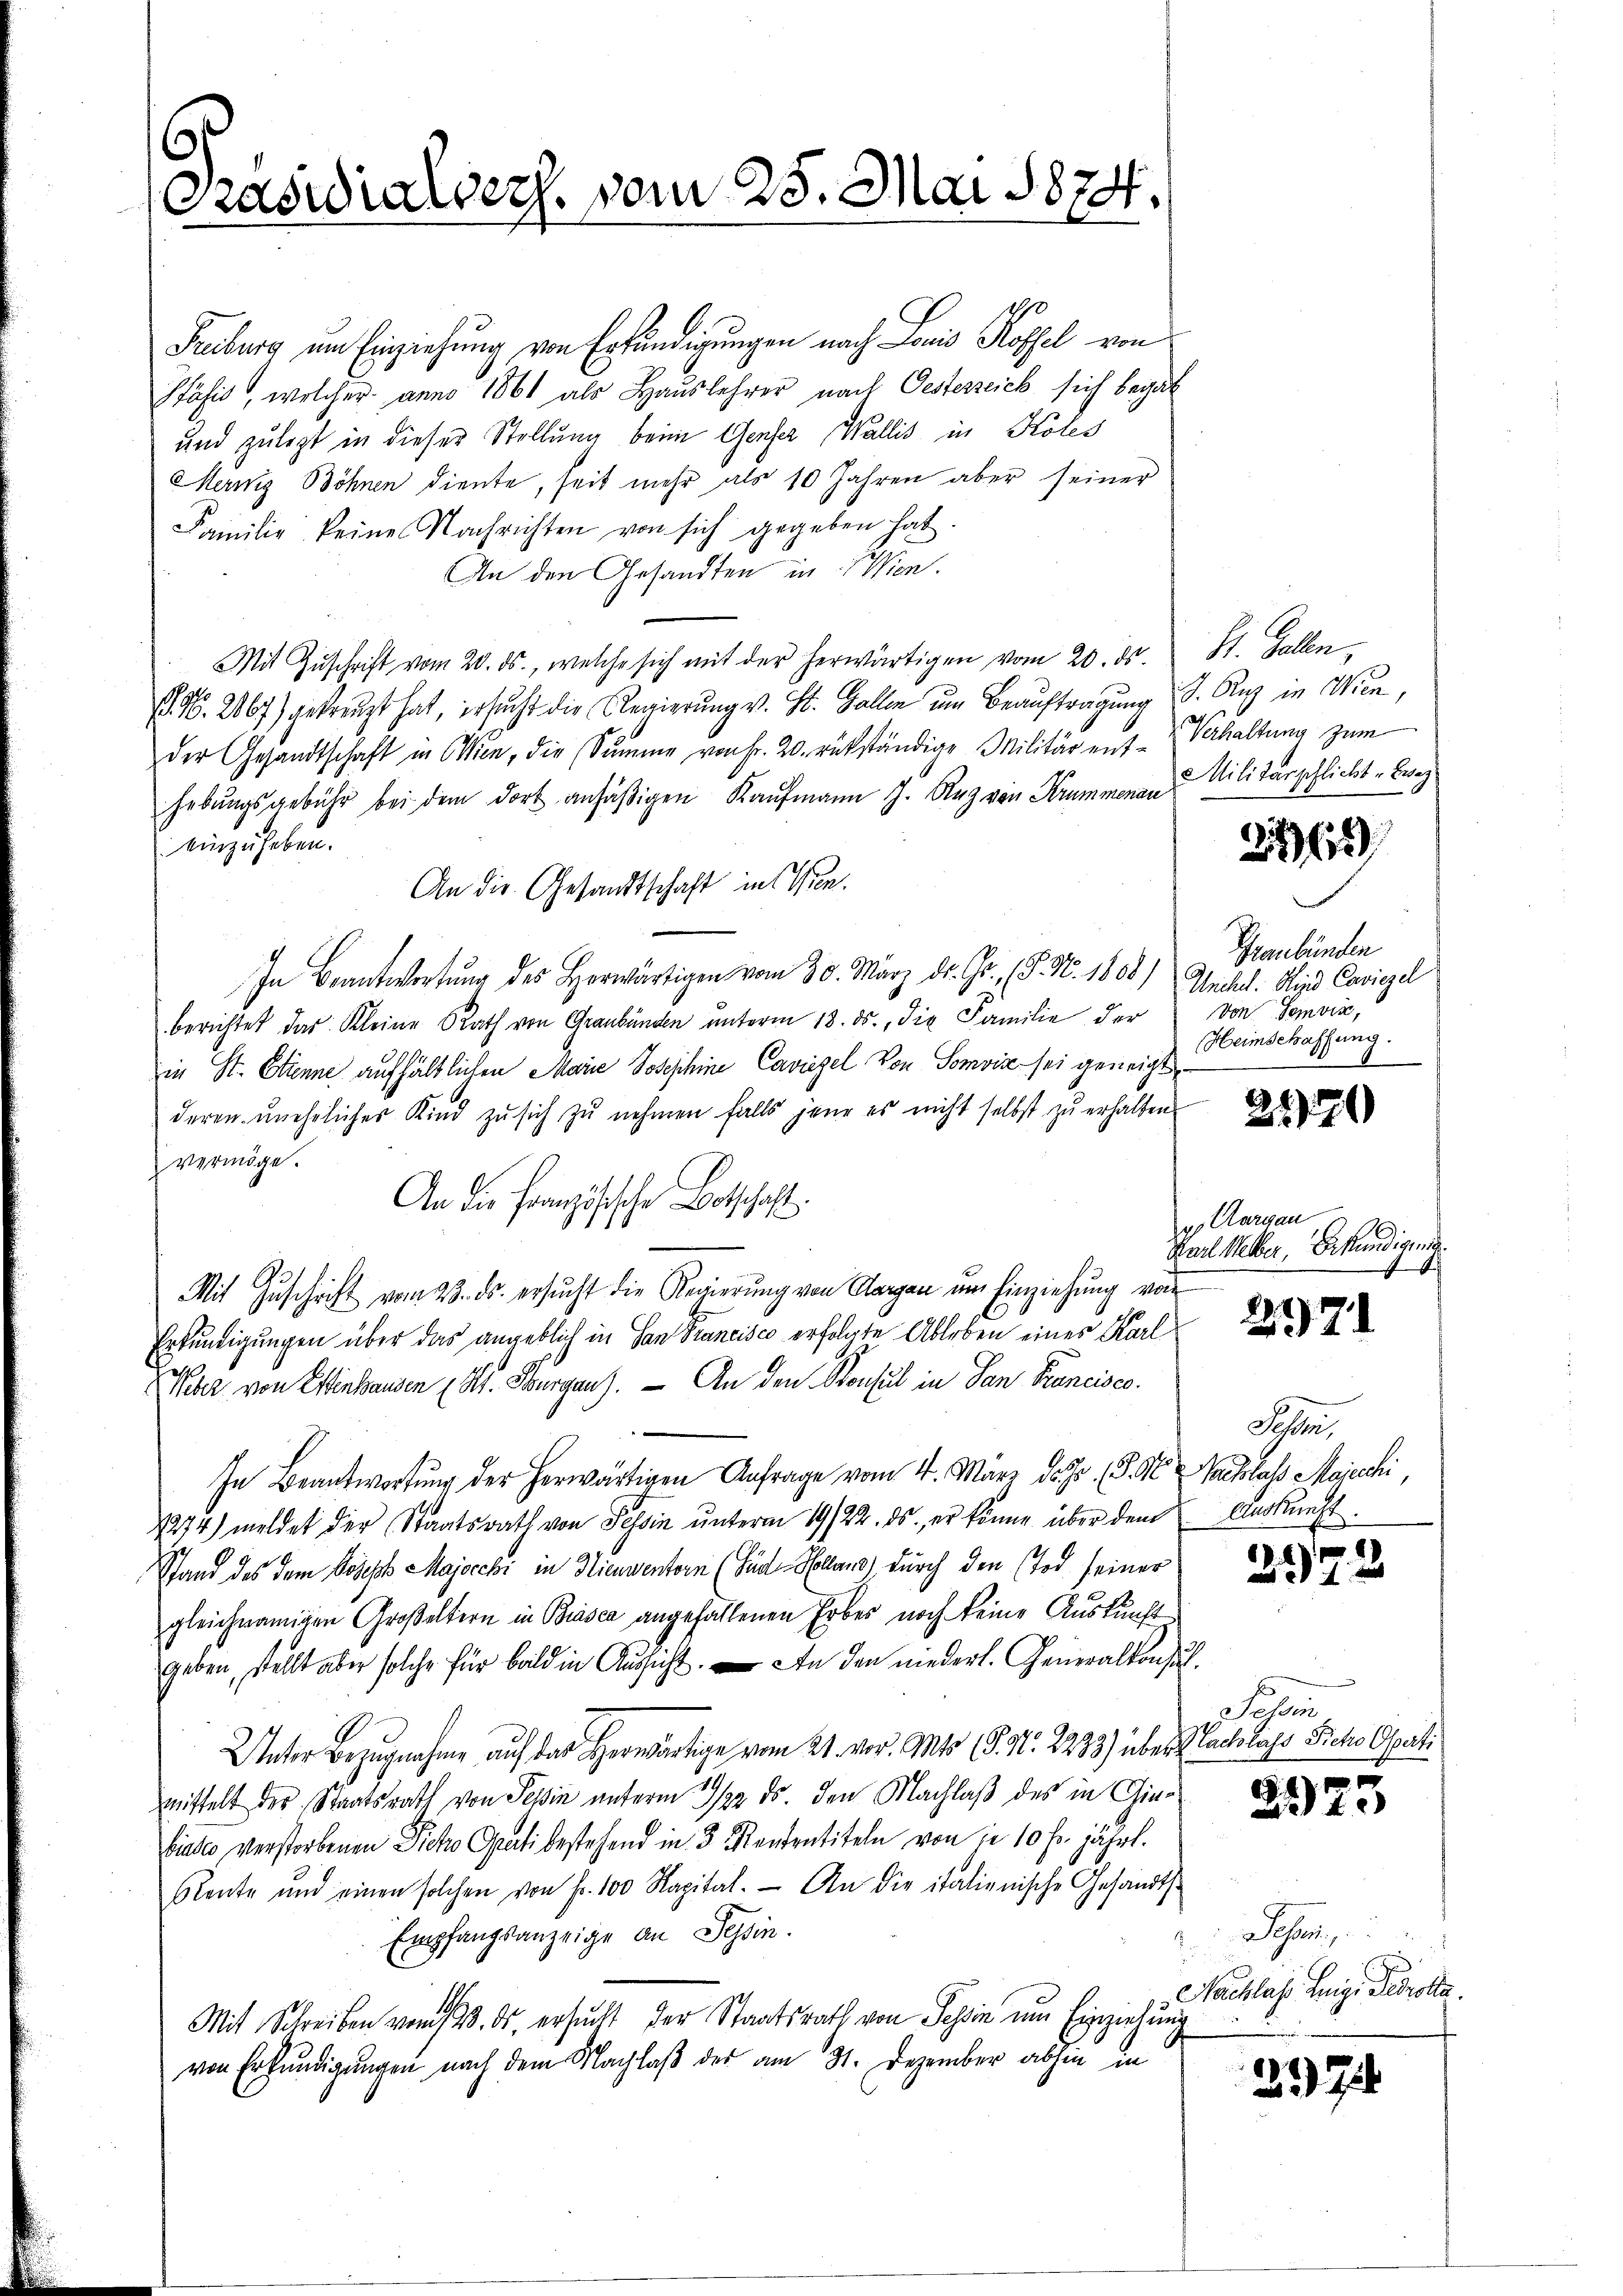
6
Pasidialverh. vom 25. Mai 1874.

Freiburg um Einziehung von Erkändigungen nach Louis Koffel von
Pfäsis, welcher anno 1861 als Hauslehrer nach Oesterzeich sich begab
und zulegt in dieser Stellung beim Genser Wallis in Koles
Merniz Böhnen diente, seit mehr als 10 Jahren aber seiner
Familie keine Nachrichten von sich gegeben hat.
An den Gesandten in Wien.
Mit Zŭschrift vom 20. ds., welche sich mit der herwärtigen vom 20. ds. St. Gallen
(. 96. 2067) gekreuzt hat, ersucht die Regierŭng v. St. Gallen ŭm Beaŭftragung d. Aug in Wien,
der Gesandtschaft in Wien, die Summe von Fr. 20. rükständige Militär ent-Verhaltŭng zŭm
hebŭngsgebühr bei dem dort ansäβigen Kaufmann J. Rez von Krummenaue Militärschlicht - weg
einzuheben.
An die Gesandtschaft in Wien.
In Beantwortŭng des Horwärtigen vom 30. März d. Js. (S. Nr. 1800) Macht. Sind Cariggel
berichtet das Kleine Rath von Graubünden unterm 13. ds., die Familie der
in St. Etienne aufhältlichen Marie Josephine Caviezel von Somvise sei geneigt
deren unehelicher Kind zu sich zu nehmen falls jene es nicht selbst zu erhalten.
vermöge.
An die Französische Botschaft.
Mit Zŭschrift vom 23. ds. ersŭcht die Regierŭng von Aargau ŭm Einziehŭng von
Erkundigungen über das angeblich in San Francisco erfolgte Ableben eines Karl
Nehr von Einhausen Kt. Burgau). — An den Konsul in San Francisco
In Beantwortung der herwärtigen Anfrage vom 4. März d. Js. (S. St. Nachlass Majechi,
1274) meldet der Staatsrath von Tessin unterm 19/22. ds., er könne über dem
Stand des dem Joseph Majocchi in Hieuventorn (Gud Solars) durch den Tod seiner
gleichnamigen Großeltern in Biasca angefallenen Erbes noch keine Auskunft
geben, stellt aber solche für bald in Aussicht. An den niedert. Generalkonsul¬
Unter Bezugnahme auf das Herwärtige vom 21. vor. Mts (S. 91. 2283) über Sachlass Siche Opeti
mittelt des Staatsrath von Tessin unterm 2/3. ds. den Machlaß des in Ginbisses verstorbenen Dicke Grati bestehend in 3 andentiteln von je 10 fr. jährt.
Rente und einen solchen von fr. 100 Kapital. An die italienische Gesandts
Empfangsanzeige an Tessin.
n
Mit Schreiben vom 23. ds. ersucht der Staatsrath von Schin um Einziehung
von Erkundigungen nach dem Nachlaß der am 31. Dezember abhin in

26

Graubünden
Von Somvis,
Heimschaffung.

2171)

g Aargau
Karl Weber, Erkundigung
1
.

2171

Schle
Auskunft.

2972

Jose

4
ae te

Johan
Nachlas. Leige Perrotta.

237